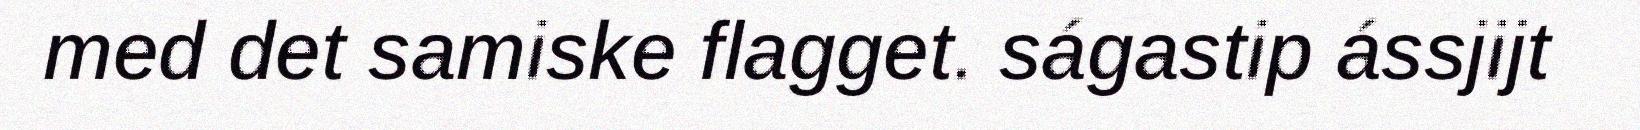
med det samiske flagget. ságastip ássjijt